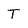
Character: T